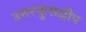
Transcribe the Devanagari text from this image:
उत्तरकुरूद्वीप